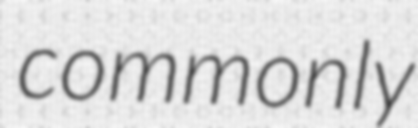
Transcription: commonly